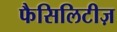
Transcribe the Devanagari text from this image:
फैसिलिटीज़